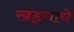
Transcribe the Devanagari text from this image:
खड्गाचे